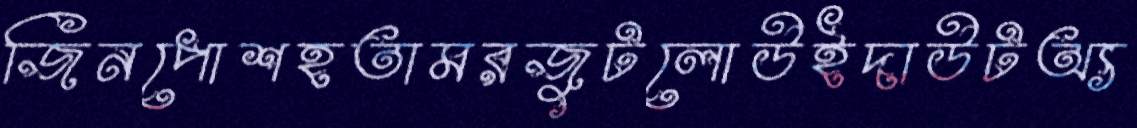
জিনপোশহতামরজুটলোউইদাউটঅ্য